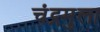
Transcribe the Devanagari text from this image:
चंद्रमुला